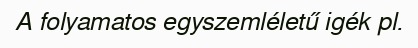
A folyamatos egyszemléletű igék pl.